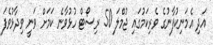
އަދި އެމަނިކުފާނުގެ ވެރިކަމުގައި ޖުމްލަ 50 ރިސޯޓް ހުޅުވާނެ ކަމަށް ވަނީ ވިދާޅުވެފަ